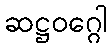
ဆဋ္ဌဝဂ္ဂေါ